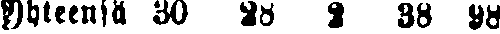
yhteensä 30 28 2 38 98